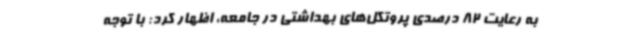
به رعایت 82 درصدی پروتکل‌های بهداشتی در جامعه، اظهار کرد: با توجه